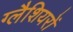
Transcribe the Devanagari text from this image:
ग्लैशियरों